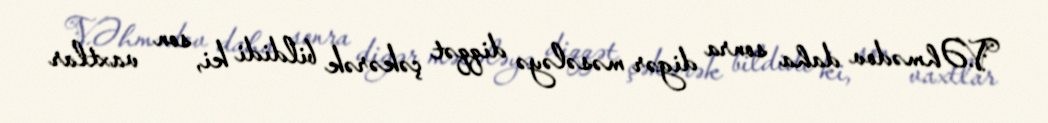
V.Əhmədov daha sonra digər məsələyə diqqət çəkərək bildidi ki, son vaxtlar